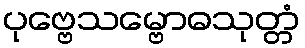
ပုဗ္ဗေသမ္ဗောဓသုတ္တံ